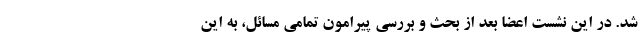
شد. در این نشست اعضا بعد از بحث و بررسی پیرامون تمامی مسائل، به این